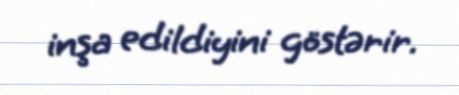
inşa edildiyini göstərir.